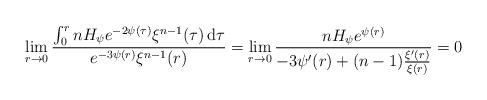
LaTeX: \begin{align*}\lim_{r\to 0}\frac{\int_0^r nH_\psi e^{-2\psi(\tau)} \xi^{n-1}(\tau)\,{\rm d}\tau}{e^{-3\psi(r)}\xi^{n-1}(r)} = \lim_{r\to 0}\frac{nH_\psi e^{\psi(r)}}{-3\psi'(r) + (n-1)\frac{\xi'(r)}{\xi(r)}} =0\end{align*}